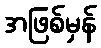
အဖြစ်မှန်